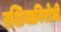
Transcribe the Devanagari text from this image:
रशियाविरोधी